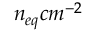
n _ { e q } c m ^ { - 2 }